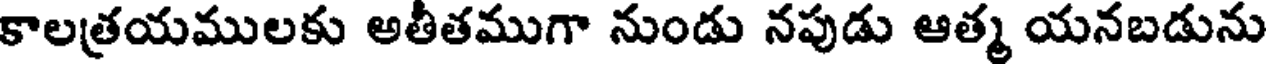
కాలత్రయములకు అతీతముగా నుండు నపుడు ఆత్మ యనబడును